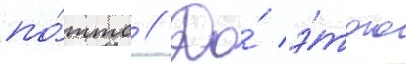
по́ттс // До́ э́того